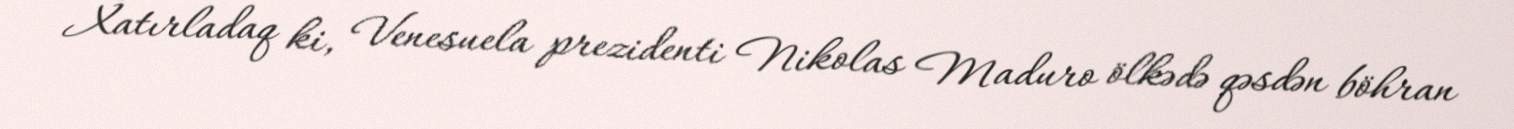
Xatırladaq ki, Venesuela prezidenti Nikolas Maduro ölkədə qəsdən böhran